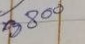
3800